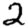
Digit: 2